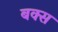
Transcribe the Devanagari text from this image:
बक्‍स